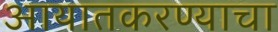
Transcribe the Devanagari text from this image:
आयातकरण्याचा